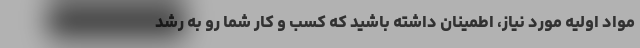
مواد اولیه مورد نیاز، اطمینان داشته باشید که کسب و کار شما رو به رشد